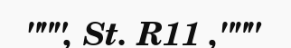
""", St. R11 ,"""